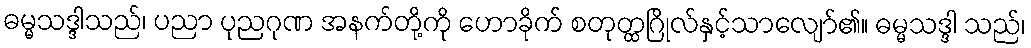
ဓမ္မသဒ္ဒါသည်၊ ပညာ ပုညဂုဏ အနက်တို့ကို ဟောခိုက် စတုတ္ထဂြိုလ်နှင့်သာလျော်၏။ ဓမ္မသဒ္ဒါ သည်၊